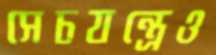
সেচযন্ত্রেও